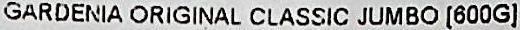
GARDENIA ORIGINAL CLASSIC JUMBO [600G]